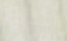
المثالية